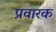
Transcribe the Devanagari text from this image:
प्रवारक